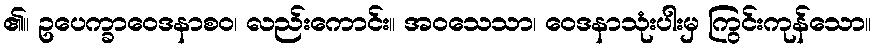
၏။ ဥပေက္ခာဝေဒနာစဝ၊ လည်းကောင်း။ အဝသေသာ၊ ဝေဒနာသုံးပါးမှ ကြွင်းကုန်သော။